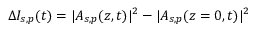
\Delta I _ { s , p } ( t ) = | A _ { s , p } ( z , t ) | ^ { 2 } - | A _ { s , p } ( z = 0 , t ) | ^ { 2 }